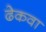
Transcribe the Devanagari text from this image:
ढेकवा